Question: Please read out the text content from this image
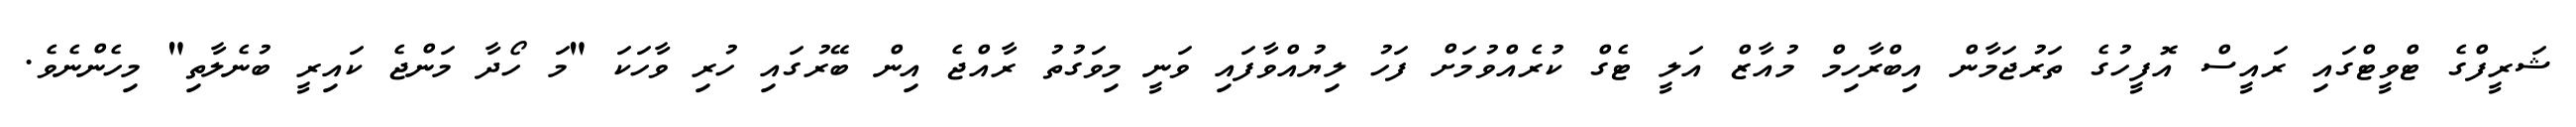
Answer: ޝަރީފްގެ ޓްވީޓްގައި ރައީސް އޮފީހުގެ ތަރުޖަމާން އިބްރާހިމް މުއާޒް އަލީ ޓެގް ކުރެއްވުމަށް ފަހު ލިޔުއްވާފައި ވަނީ މިވަގުތު ރާއްޖެ އިން ބޭރުގައި ހުރި ވާހަކަ "މަ ހޯދާ މަންޖެ ކައިރީ ބުނެލާތި" މިހެންނެވެ.